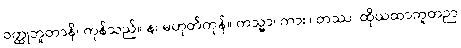
ဝတ္ထုဘူတာနိ၊ ကုန်သည်။ န၊ မဟုတ်ကုန်။ ကသ္မာ၊ ကား။ တဿ၊ ထိုယထာဘူတဉာ